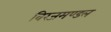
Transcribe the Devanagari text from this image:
विरजमण्डल